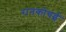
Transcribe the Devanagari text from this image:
रानकोचई